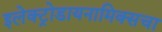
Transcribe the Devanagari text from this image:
इलेक्ट्रोडायनामिक्सचा